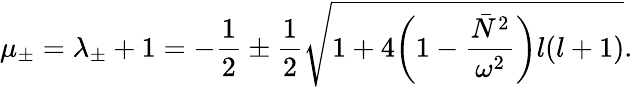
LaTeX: \mu_{\pm}=\lambda_{\pm}+1=-\frac{1}{2}\pm\frac{1}{2}\sqrt{1+4\bigg(1-\frac{\bar{N}^{2}}{\omega^{2}}\bigg)l(l+1)}.